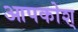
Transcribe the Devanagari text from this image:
आपकोश्